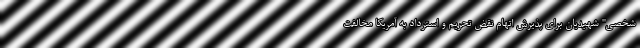
شخصی" شهیدیان برای پذیرش اتهام نقض تحریم و استرداد به آمریکا مخالفت